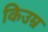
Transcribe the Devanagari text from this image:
किउम्र